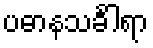
ပဓာနသင်္ခါရာ